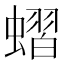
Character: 𧐔